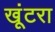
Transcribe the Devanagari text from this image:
खूंटरा